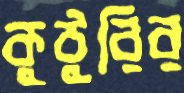
কুঠুরির